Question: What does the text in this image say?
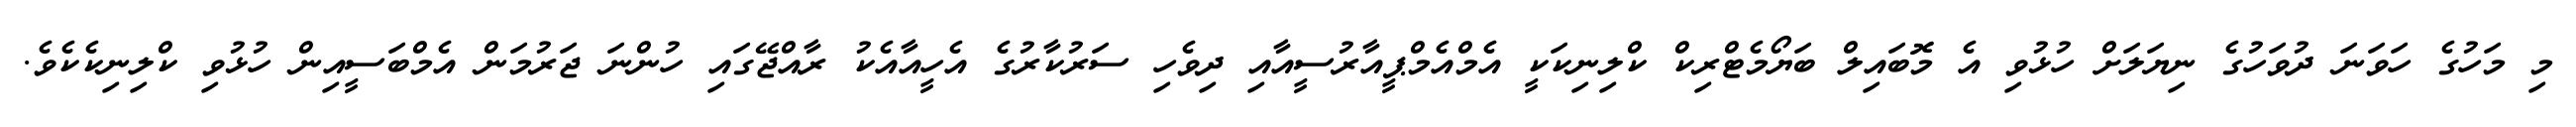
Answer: މި މަހުގެ ހަވަނަ ދުވަހުގެ ނިޔަލަށް ހުޅުވި އެ މޮބައިލް ބަޔޯމެޓްރިކް ކްލިނިކަކީ އެމްއެމްޕީއާރުސީއާއި ދިވެހި ސަރުކާރުގެ އެހީއާއެކު ރާއްޖޭގައި ހުންނަ ޖަރުމަން އެމްބަސީއިން ހުޅުވި ކްލިނިކެކެވެ.